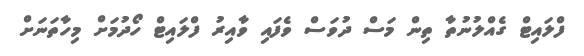
ފްލައިޓް ގެއްލުނުތާ ތިން މަސް ދުވަސް ވެފައި ވާއިރު ފްލައިޓް ހޯދުމަށް މިހާތަނަށް